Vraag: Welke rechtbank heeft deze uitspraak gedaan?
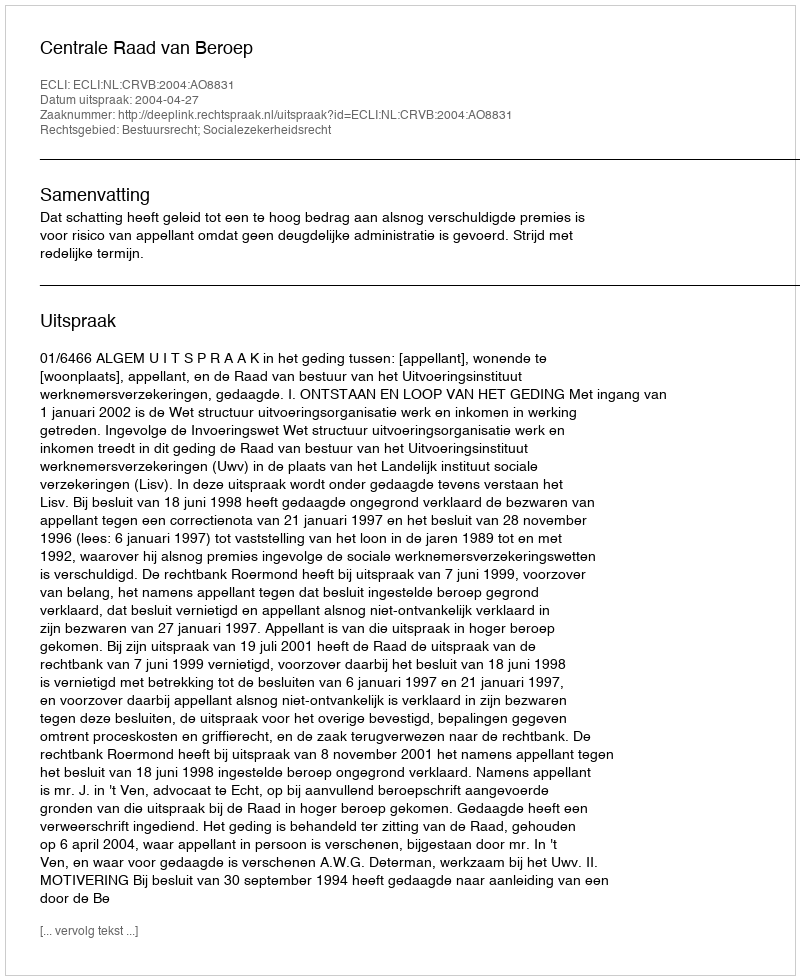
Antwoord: Centrale Raad van Beroep